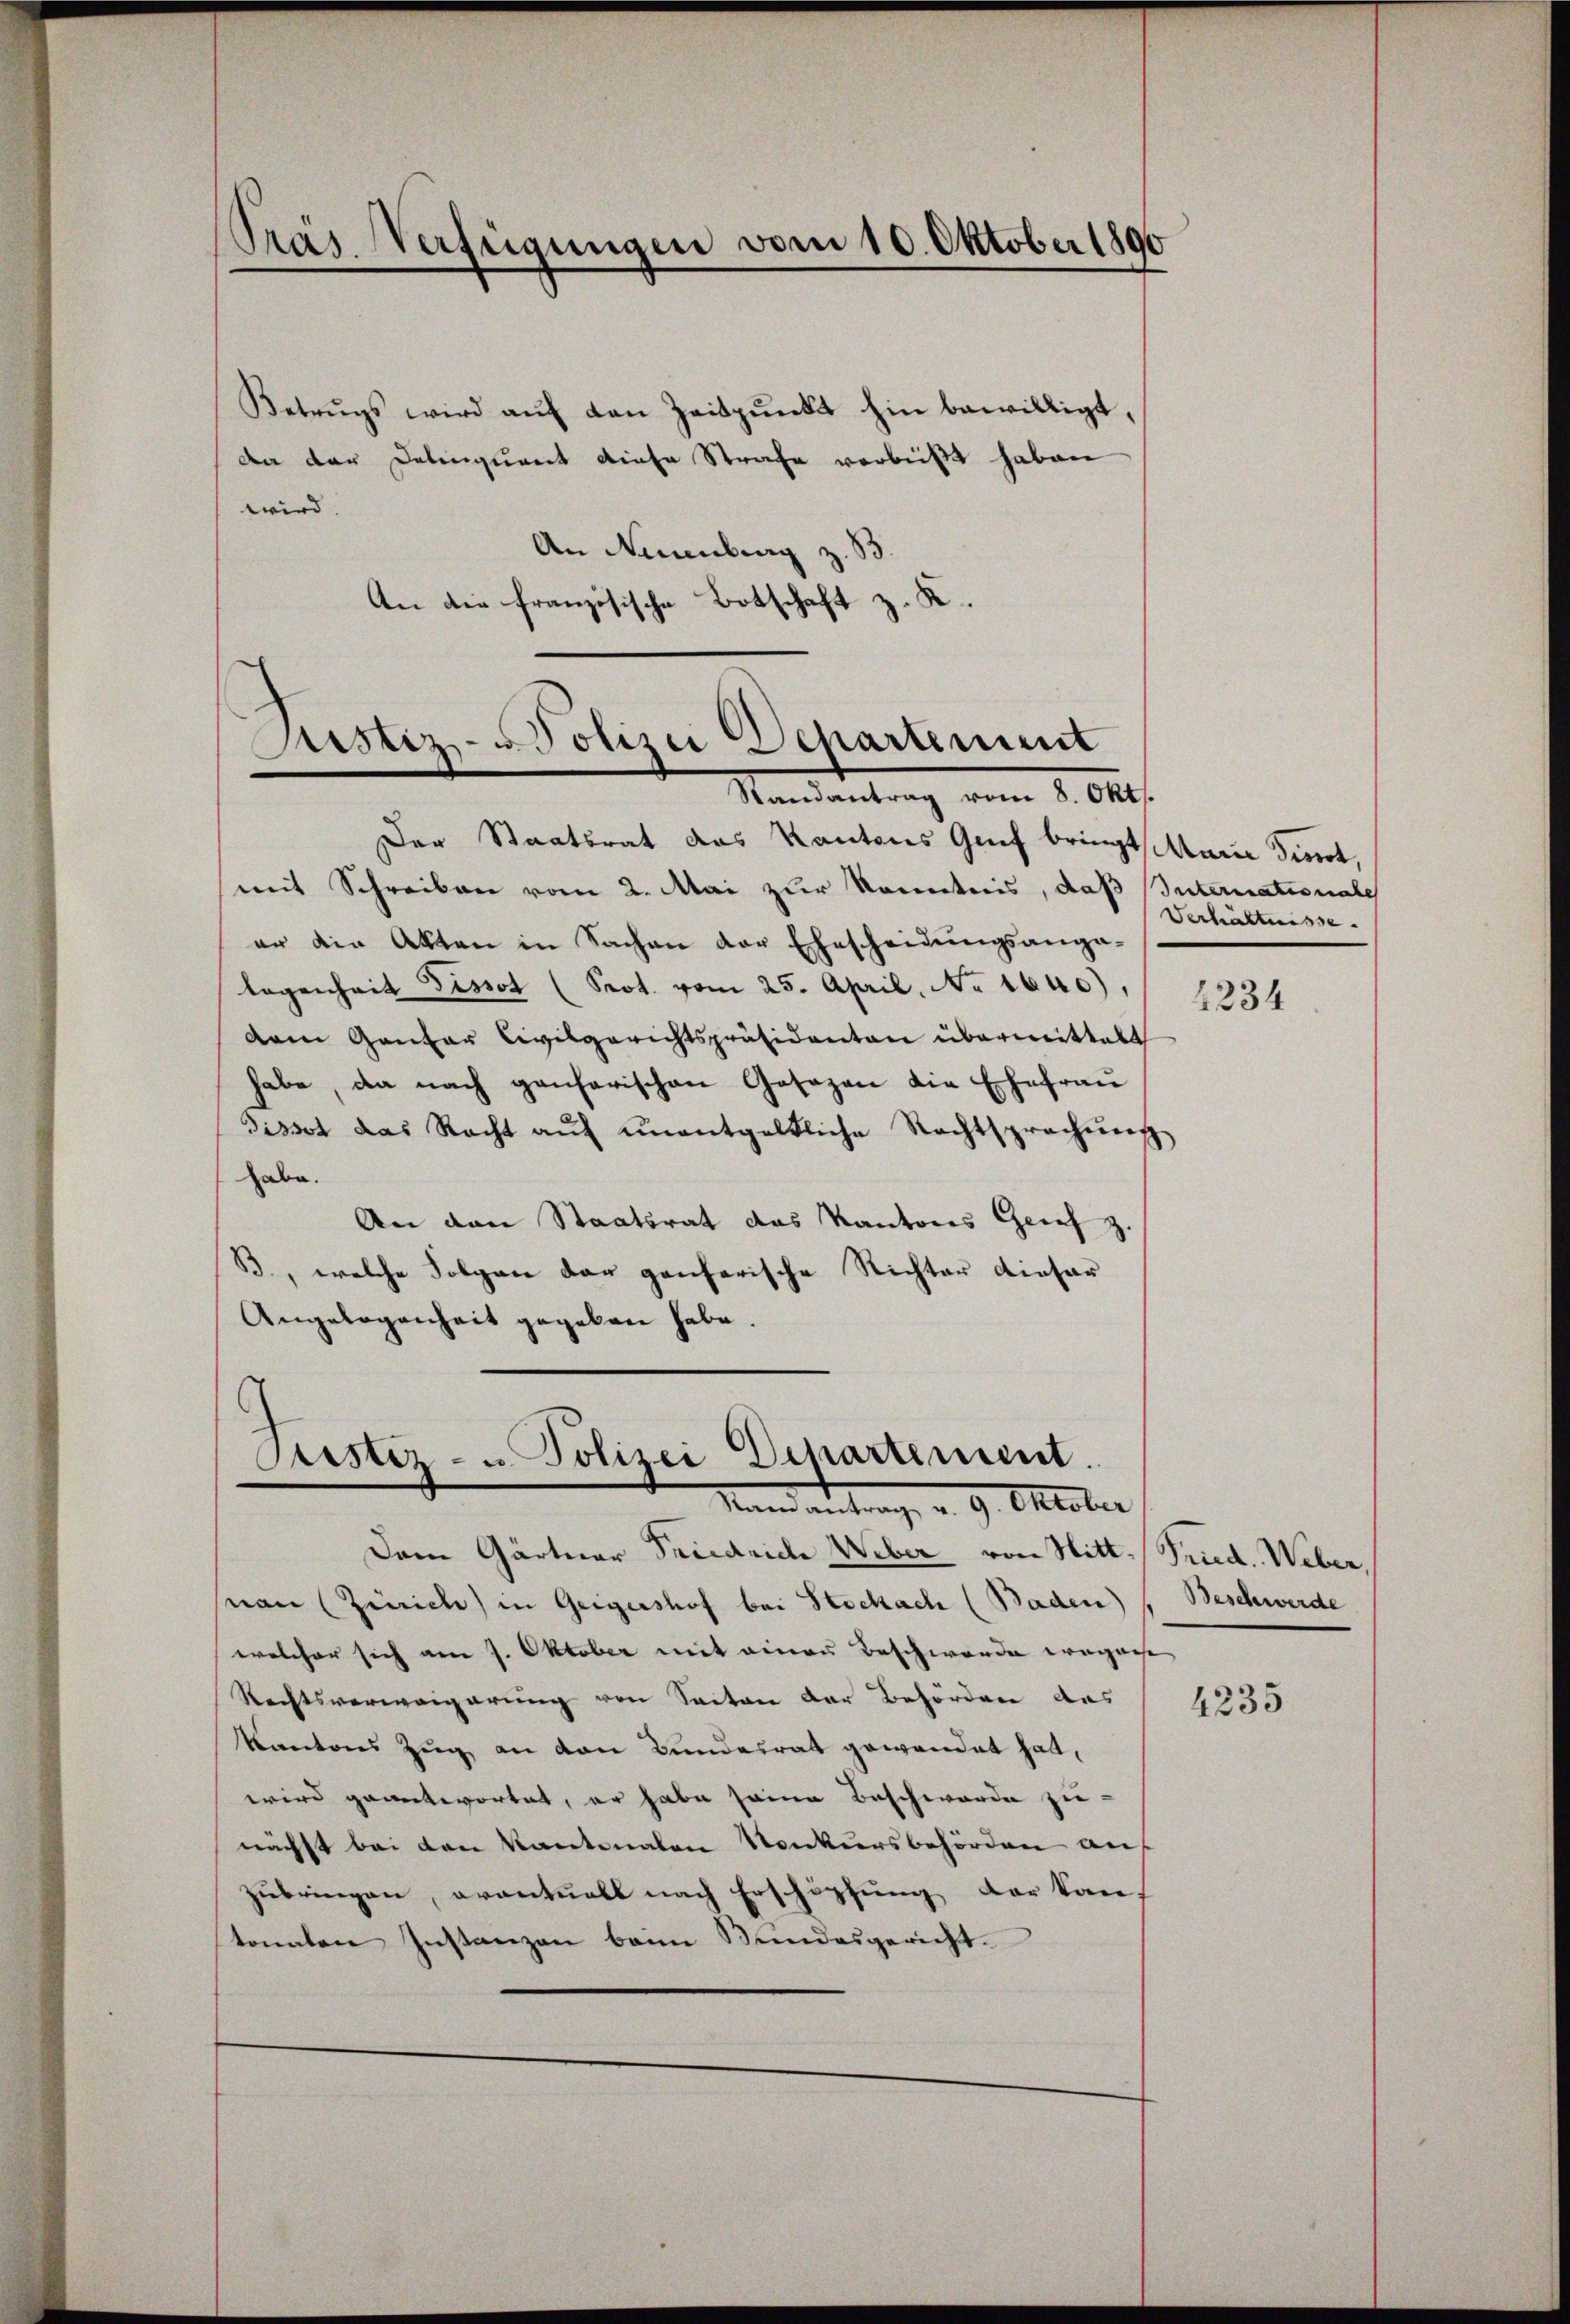
Betrŭgs wird aŭf den Zeitpŭnkt hin bewilligt,
Da der Delinquant diese Strafe verbüßt haben
wird.
An Neuenburg z. B.
An der französische Botschaft z. K.

Gras Verfügungen vom 10. Oktober 1890

Justiz-Polizei Departement
Randantrag vom 8. Okt.

Der Staatsrat das Kantons Genf bringt Marie Tinirt,
mit Schreiben vom 2. Mai zur Kenntnis, daß Internationale
er die Akten in Sachen der Ehescheidungsangalegenheit Pissot (Prot. vom 25. April, No 1640),
dam Gantar Civilgerichtspräsidenten übermittelt
habe, da nach ganfarischen Gesagen die Ehefrau
Tissot das Recht aŭf ŭnentgeltliche Rechtsprechŭng
habe.
An den Staatsrat das Kantons Grief z.
B., welche Folgen der genferische Richter dieser
Angelegenheit gegeben habe.

4
Justiz- u. Polizei Departement.
Mund antrage v. 9. Oktober

Verhältnisse.

Dem Gärtner Friedrich Weber von Hitt. (Frud. Weber,
nan (Zürich) in Geigershof bei Stockach (Baden) Beschwerde
welcher sich am 7. Oktober mit einer Beschwerde eignese
Rechtsverweigerung von Seiten der Behörden das
Kantons Zug an den Bundesrat gewandet hat,
wird geantwortet, er habe seine Beschwerde zienächst bei den Kantonalen Konkursbehörden auf
zubringen, eventuell nach Erschöpfung der kan
tonnten Instanzen beim Bundesgericht.

4234

4235